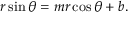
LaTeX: r \sin \theta = m r \cos \theta + b .